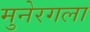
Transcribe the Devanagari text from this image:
मुनेरगला